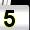
Digit: 5